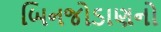
બિનજોડાણનો